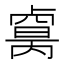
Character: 𠨈